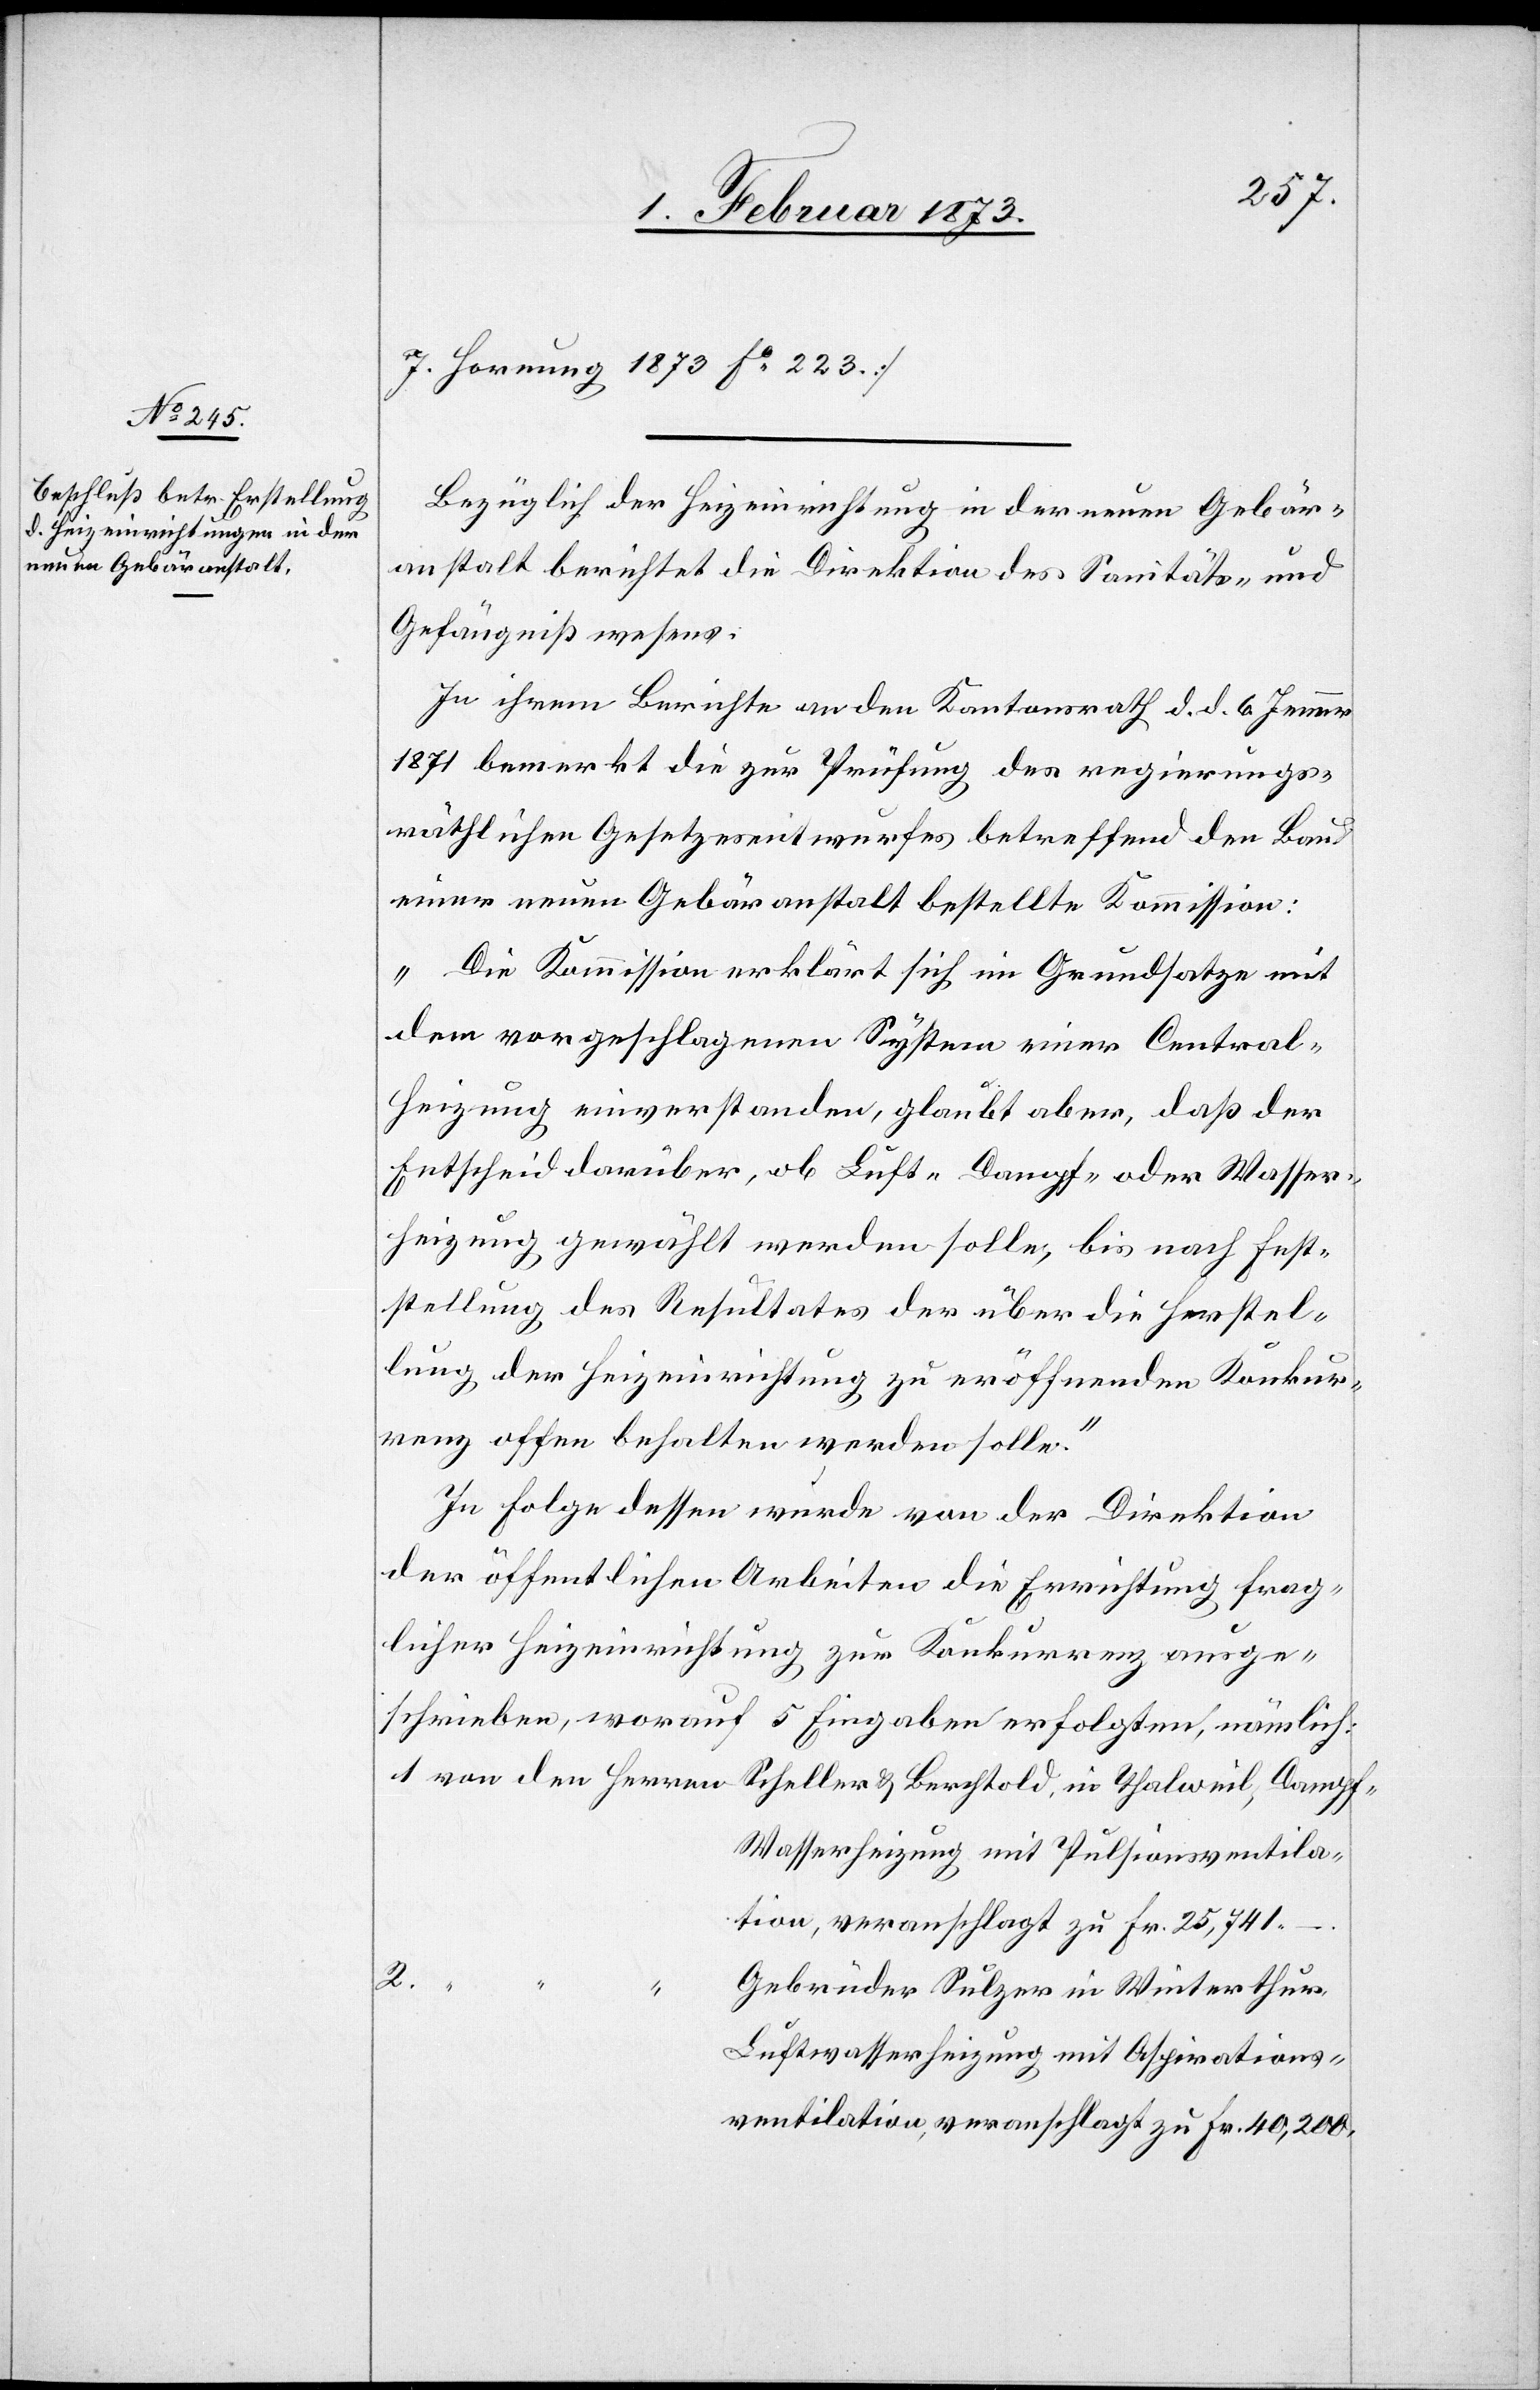
7. Hornung 1879 Fo 223][.]
Bezüglich der Heizeinrichtung in der neuen Gebär¬
anstalt berichtet die Direktion des Sanitäts- und
Gefängnißwesens:
In ihrem Berichte an den Kantonsrath d. d. 6. Jenner
1871 bemerkt die zur Prüfung des regierungs¬
räthlichen Gesetzesentwurfes betreffend den Bau
einer neuen Gebäranstalt bestellte Kommission:
„Die Kommission erklärt sich im Grundsatze mit
dem vorgeschlagenen System einer Central¬
heizung einverstanden, glaubt aber, daß der
Entscheid darüber, ob Luft-[,] Dampf- oder Wasser¬
heizung gewählt werden solle, bis nach Fest¬
stellung des Resultates der über die Herstel¬
lung der Heizeinrichtung zu eröffnenden Konkur¬
renz offen behalten werden solle.“
In Folge dessen wurde von der Direktion
der öffentlichen Arbeiten die Errichtung frag¬
licher Heizeinrichtung zur Konkurrenz ausge¬
schrieben, worauf 5 Eingaben erfolgten, nämlich:
1. von den Herren Scheller u. Berchtold, in Thalweil, Dampf¬
tion, veranschlagt zu Fr. 25,741.
Aspirations¬
2.
Gebrüder Sulzer in Winterthur,
ventilation, veranschlagt zu Fr. 40,200.